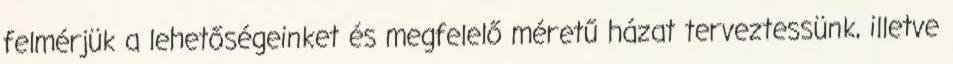
felmérjük a lehetőségeinket és megfelelő méretű házat terveztessünk, illetve